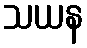
သယန